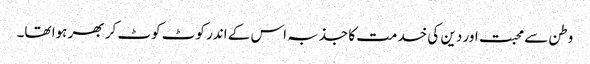
وطن سے محبت اور دین کی خدمت کا جذبہ اس کے اندر کوٹ کوٹ کر بھر ہوا تھا۔